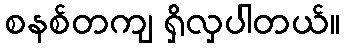
စနစ်တကျ ရှိလှပါတယ်။